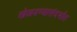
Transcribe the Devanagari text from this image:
खेळवण्यासंदर्भात